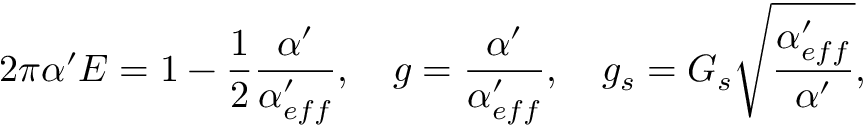
2 \pi \alpha ^ { \prime } E = 1 - \frac { 1 } { 2 } \frac { \alpha ^ { \prime } } { \alpha _ { e f f } ^ { \prime } } , \ \ \ g = \frac { \alpha ^ { \prime } } { \alpha _ { e f f } ^ { \prime } } , \ \ \ g _ { s } = G _ { s } \sqrt { \frac { \alpha _ { e f f } ^ { \prime } } { \alpha ^ { \prime } } } ,